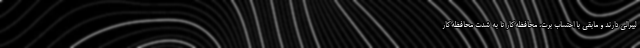
لیبرالی دارند و مابقی با احتساب برت، محافظه‌کار تا به شدت محافظه‌کار